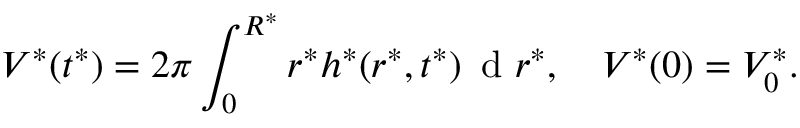
V ^ { * } ( t ^ { * } ) = 2 \pi \int _ { 0 } ^ { R ^ { * } } r ^ { * } h ^ { * } ( r ^ { * } , t ^ { * } ) \, \mathrm { ~ d ~ } r ^ { * } , \quad V ^ { * } ( 0 ) = V _ { 0 } ^ { * } .